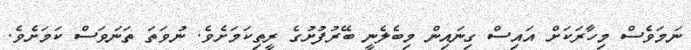
ނަމަވެސް މިހާރަކަށް އައިސް ގިނައިން މިބެލެނީ ބޭރުފުށުގެ ރީތިކަމަށެވެ. ނުވަތަ ތަނަވަސް ކަމަށެވެ.